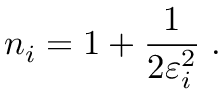
n _ { i } = 1 + \frac { 1 } { 2 \varepsilon _ { i } ^ { 2 } } \; .